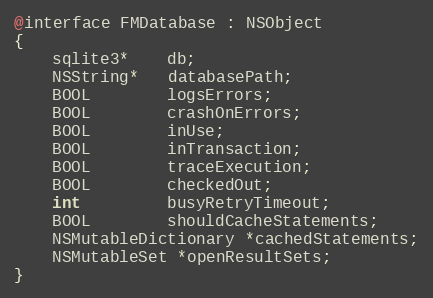
Language: C
@interface FMDatabase : NSObject
{
    sqlite3*    db;
    NSString*   databasePath;
    BOOL        logsErrors;
    BOOL        crashOnErrors;
    BOOL        inUse;
    BOOL        inTransaction;
    BOOL        traceExecution;
    BOOL        checkedOut;
    int         busyRetryTimeout;
    BOOL        shouldCacheStatements;
    NSMutableDictionary *cachedStatements;
    NSMutableSet *openResultSets;
}